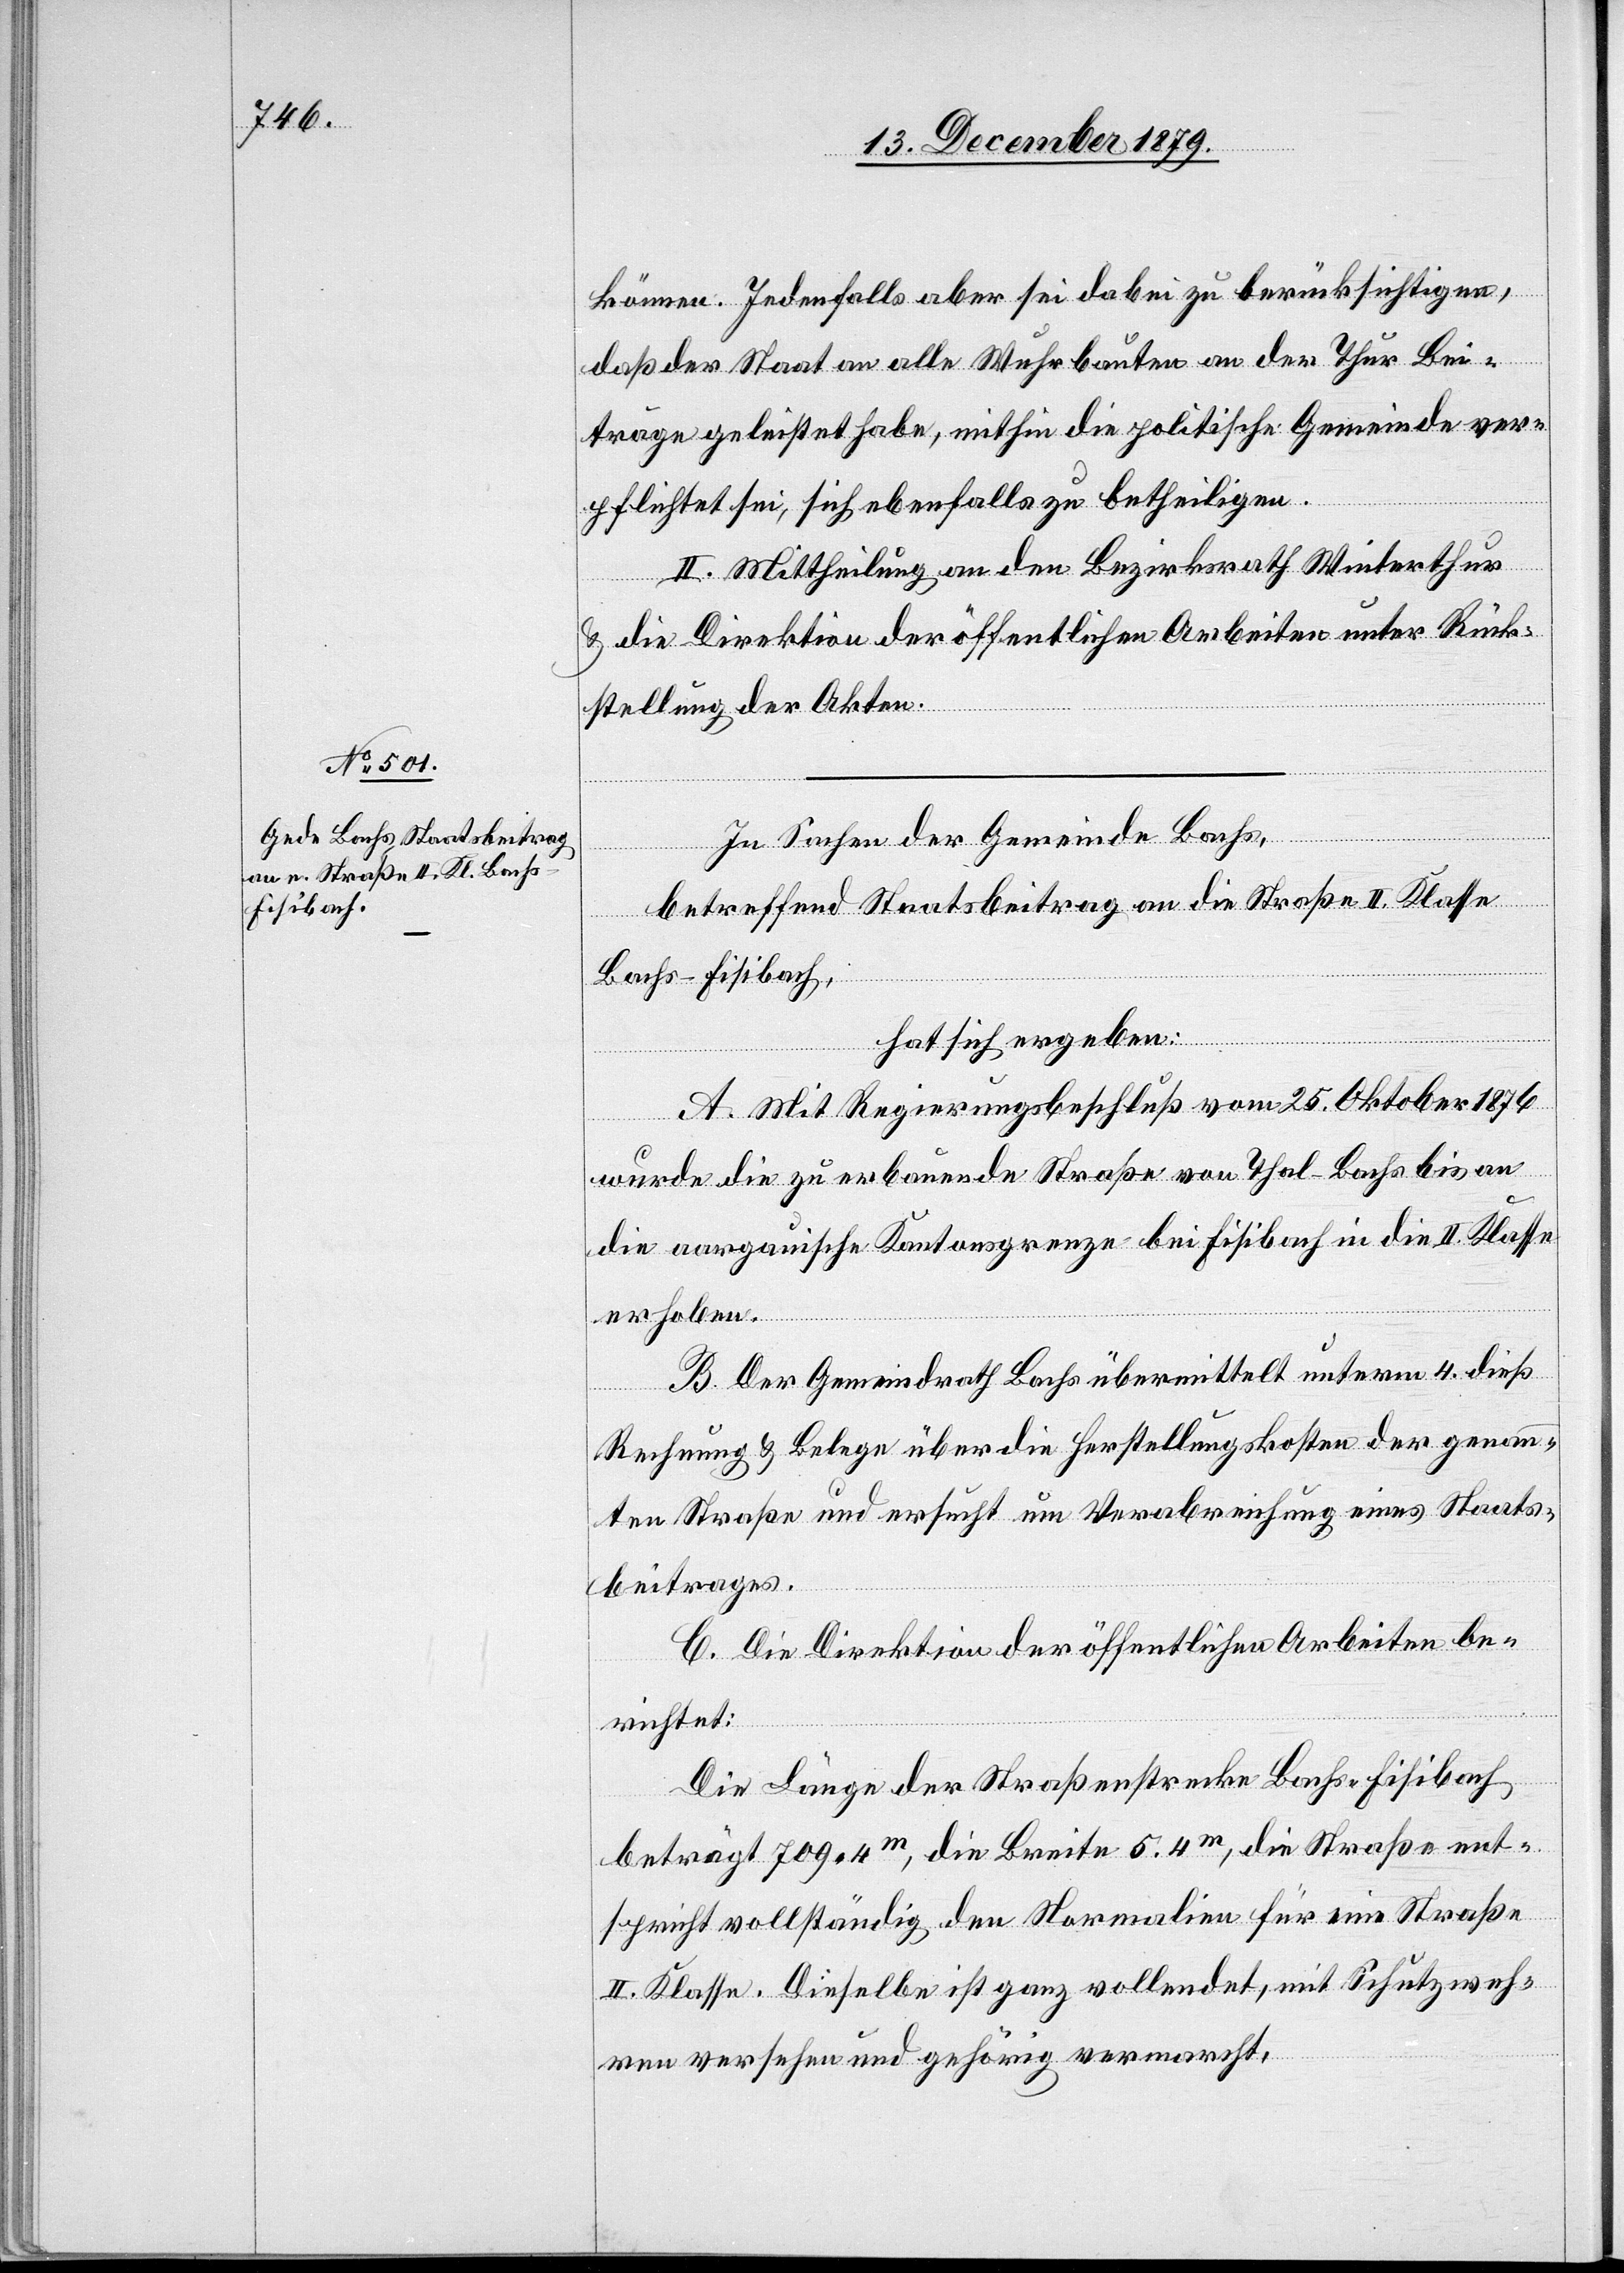
können. Jedenfalls aber sei dabei zu berücksichtigen,
daß der Staat an alle Wuhrbauten an der Thur Bei¬
träge geleistet habe, mithin die politische Gemeinde ver¬
pflichtet sei, sich ebenfalls zu betheiligen.
II. Mittheilung an den Bezirksrath Winterthur
& die Direktion der öffentlichen Arbeiten unter Rück¬
stellung der Akten.